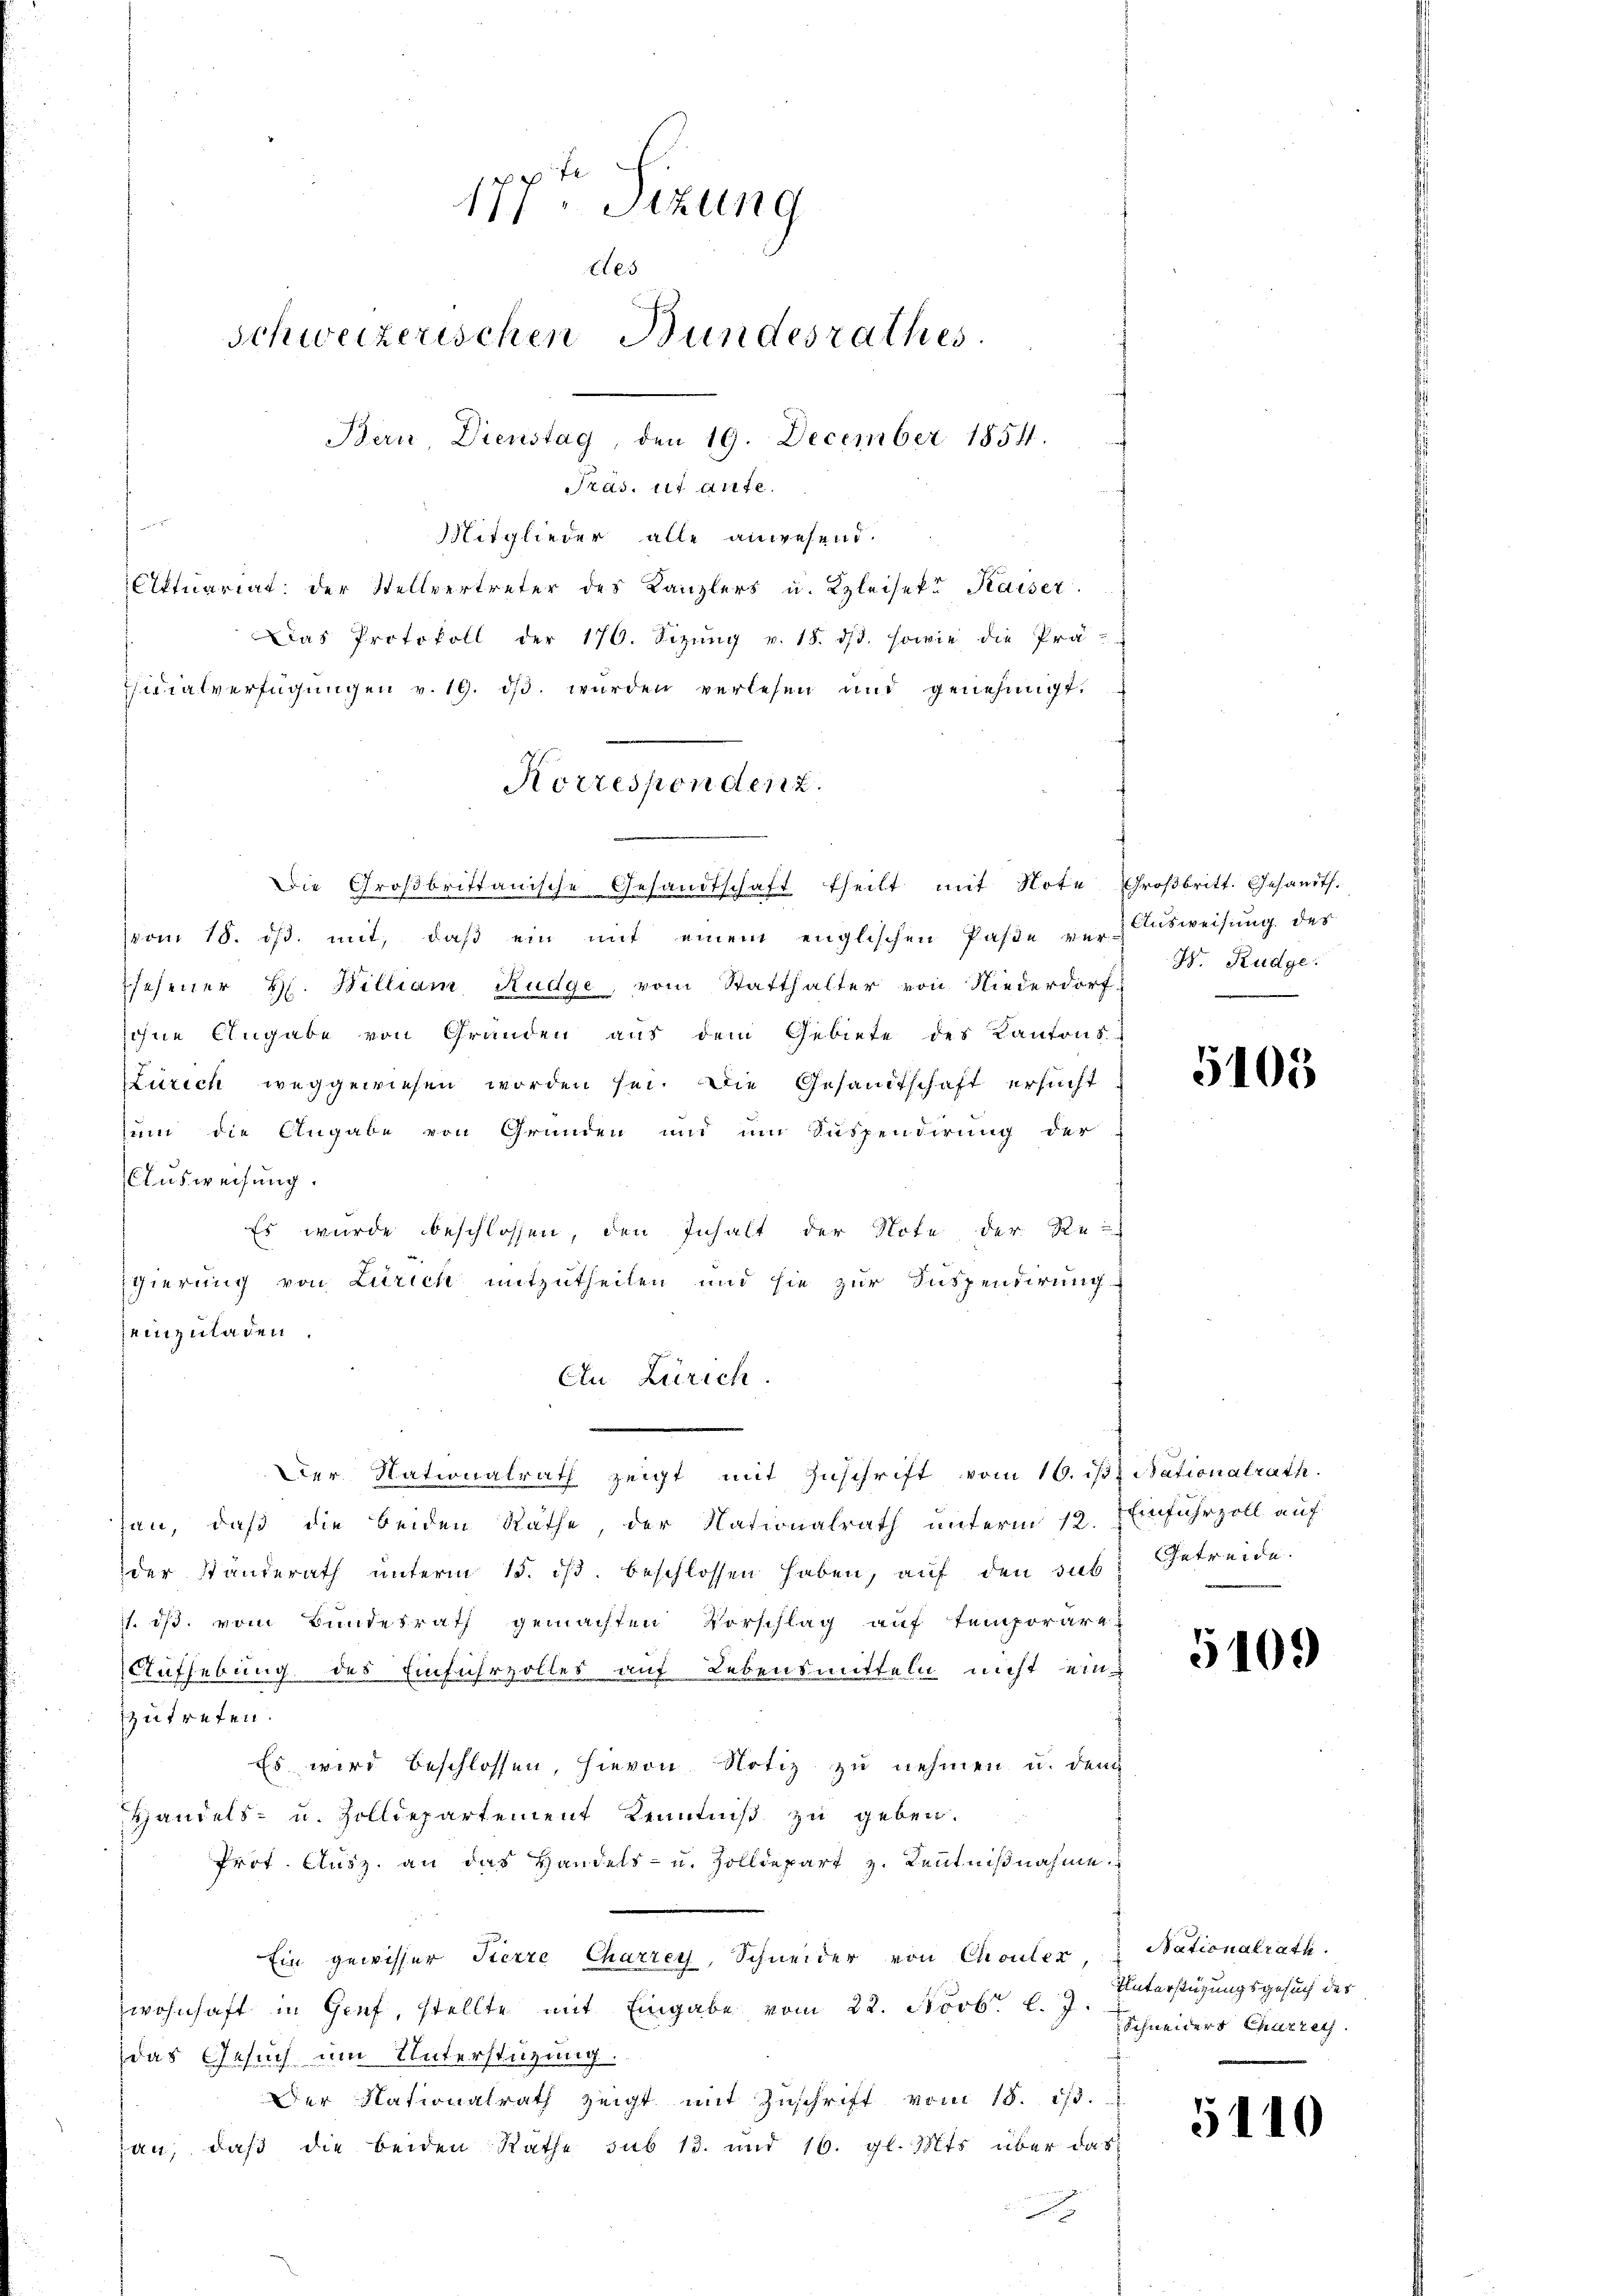
177. Sizung
Aes
Schweizerischen Bundesrathes
Bern, Dienstag, den 19. December 1854.
Präs. et aute.

Mitglieder alle anwesend.
Aktuariat der Stellvertreter des Kanzlers u. Kleisek. Kaiser.
Das Protokoll der 170. Sizŭng v. 18. dβ. sowie die Prä-
sidialverfügungen v. 19. dβ wurden verlesen und genehmigt.
vom 18. ds. mit, daß ein mit einem englischen Paße vor Ausweisung des
sehener H. Billiam Rudge, vom Statthalter von Niederdorf
sohne Angabe von Gründen aus dem Gebiete des Kantons-
Zürich weggewiesen worden sei. Die Gesandtschaft ersucht
zum die Angabe von Gründen und um Suspendirung der
Ausweisung.
Es wurde beschlossen, den Inhalt der Note der Re-
gierung von Zürich mitzutheilen und sie zur Inspendirung
Zeinzuladen
An Zürich.
Der Nationalrath zeigt mit Zŭschrift vom 16. istiationalrath.
han, daß die beiden Räthe, der Nationalrath unterm 12. Einfuhrzoll auf
der Ständerath ŭnterm 15. dβ. beschlossen haben, auf den sub: Getreide.
11. ist. vom Bundesrath gemachten Vorschlag auf temporäre
Aufhebung des Einfuhrzolles auf Lebensmitteln nicht einzutreten.
Es wird beschlossen, hievon Notiz zu nehmen u. den
Handels- u. Zolldepartement Kenntniß zu geben.
Prot. Ausz. an das Handels- u. Zolldepart z. Kenntniβnahme.
Ein gewisser Fierze Charrey, Schneider von Chouler,
wohnhaft in Genf, stellte mit Eingabe vom 22. Novbr. l. 9. Unterstüzungsgesuch der
das Gesuch um Unterstüzung.
Der Nationalrath zeigt mit Zŭschrift vom 18. 513.
zau, daß die beiden Rathe sub 15. und 16. gl. Mts. über das
x

Korrespondenz.
Die Großbrittanische Gesandtschaft theilt mit Note Großbritt. Gesandts.

W. Rudge

5105

5409

Nationalrath.
Schneiders Charrey.

5110